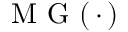
\mathrm { ~ M ~ G ~ } ( \, \cdot \, )